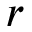
r